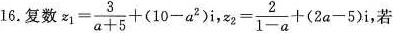
16. 复数 $$z _ { 1 } = \frac { 3 } { a + 5 } + ( 1 0 - a ^ { 2 } ) i$$，$$z _ { 2 } = \frac { 2 } { 1 - a } + ( 2 a - 5 ) i$$，若